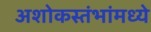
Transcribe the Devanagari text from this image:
अशोकस्तंभांमध्ये